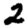
Digit: 2